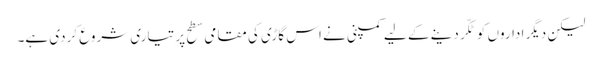
لیکن دیگر اداروں کو ٹکّر دینے کے لیے کمپنی نے اس گاڑی کی مقامی سطح پر تیاری شروع کردی ہے۔